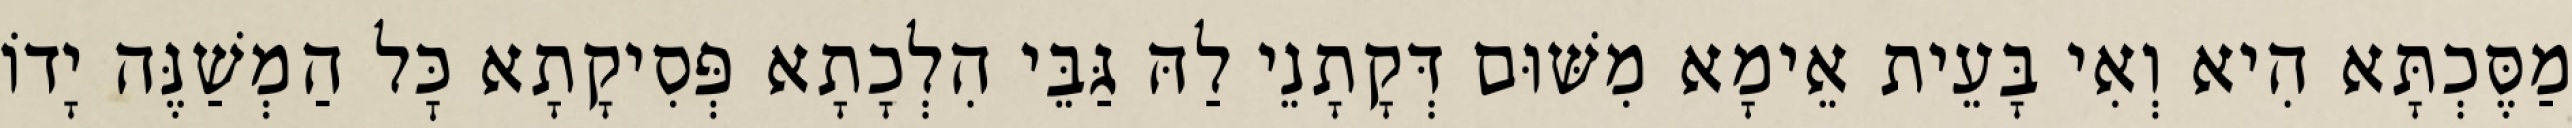
מַסֶּכְתָּא הִיא וְאִי בָּעֵית אֵימָא מִשּׁוּם דְּקָתָנֵי לַהּ גַּבֵּי הִלְכָתָא פְּסִיקָתָא כׇּל הַמְשַׁנֶּה יָדוֹ